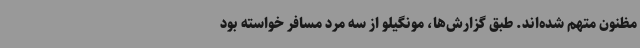
مظنون متهم شده‌اند. طبق گزارش‌ها، مونگیلو از سه مرد مسافر خواسته بود